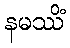
နမဿိံ